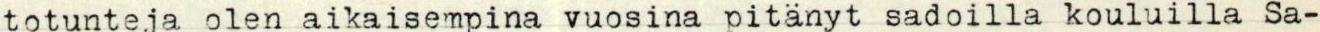
totunteja olen aikaisempina vuosina pitänyt sadoilla kouluilla Sa-